Bombay plague: being a history of the progress of plague in the Bombay presidency from September 1896 to June 1899
Year: 1896
Disease focus: Plague
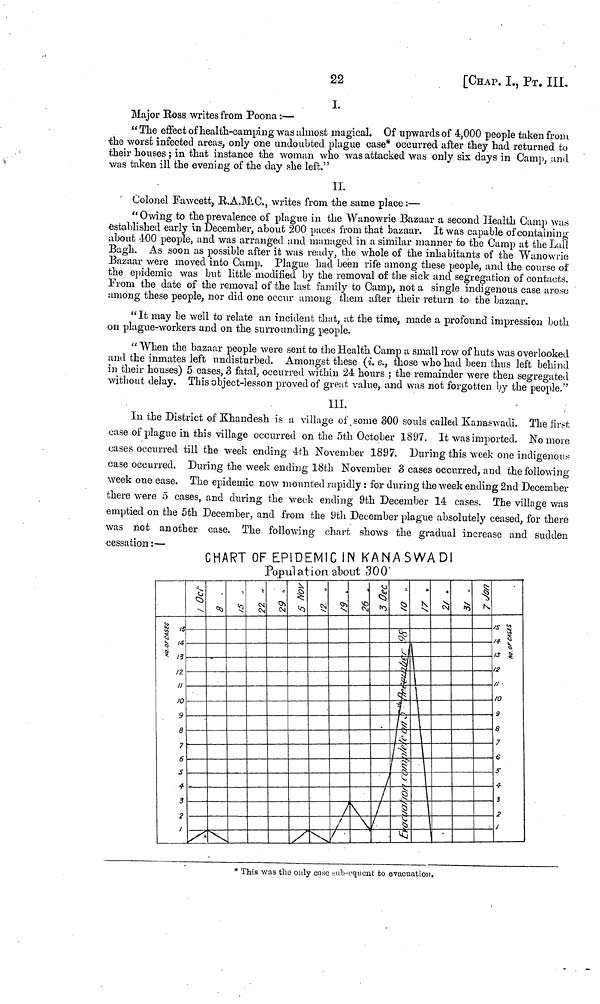
22
[CHAP. I., ΡT. III.
I.
Major Ross writes from Poona :—
" The effect of health-camping was almost magical. Of upwards of 4,000 people taken from
the worst infected areas, only one undoubted plague case* occurred after they had returned to
their houses ; in that instance the woman who was attacked was only six days in Camp, and
was taken ill the evening of the day she left."
II.
Colonel Fawcett, R.A.M.C., writes from the same place :—
"Owing to the prevalence of Plague in the Wanowrie Bazaar a second Health Camp was
established early in December, about 200 paces from that bazaar. It was capable of containing
about 400 people, and was arranged and managed in a similar manner to the Camp at the Lall
Bagh. As soon as possible after it was ready, the whole of the inhabitants of the Wanowrie
Bazaar were moved into Camp. Plague had been rife among these people, and the course of
the epidemic was but little modified by the removal of the sick and segregation of contacts.
Form the date of the removal of the last family to Camp, not a single indigenous case arose
among these people, nor did one occur among them after their return to the bazaar.
"It may be well to relate an incident that, at the time, made a profound impression both
on plague-workers and on the surrounding people.
" When the bazaar people were sent to the Health Camp a small row of huts was overlooked
and the inmates left undisturbed. Amongst these (i. e., those who had been thus left behind
in their 5 cases, 3 fatal, occurred within 24 hours ; the remainder
were then segregated
without delay. This object-lesson proved of great value, and was not forgotten by the people."
III.
In the District of Khandesh is a village of some 300 souls called Kanaswadi. The first
case of plague in this village occurred on the 5th October 1897. It was imported. No more
cases occurred till the week ending 4th November 1897. During this week one indigenous
case occurred. During the week ending 18th November 3 cases occurred, and the following
week one case. The epidemic now mounted rapidly : for during the week ending 2nd December
there were 5 cases, and during the week ending 9th December 14 cases. The village was
emptied on the 5th December, and from the 9th December plague absolutely ceased, for there
was not another case. The following chart shows the gradual increase and sudden
cessation :—
CHART OF EPIDEMIC IN KANASWADI
Population
about
300
* This was the only case sub-equent to evacuation.